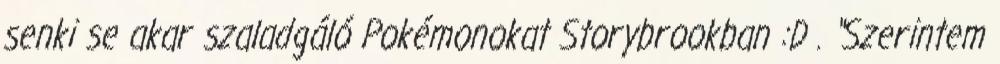
senki se akar szaladgáló Pokémonokat Storybrookban :D . “Szerintem